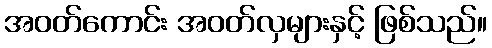
အဝတ်ကောင်း အဝတ်လှများနှင့် ဖြစ်သည်။